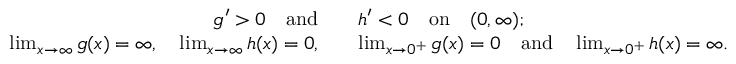
\begin{array} { r l } { g ^ { \prime } > 0 \quad \mathrm { a n d } } & { \quad h ^ { \prime } < 0 \quad \mathrm { o n } \quad ( 0 , \infty ) ; } \\ { \operatorname* { l i m } _ { x \to \infty } g ( x ) = \infty , \quad \operatorname* { l i m } _ { x \to \infty } h ( x ) = 0 , } & { \quad \operatorname* { l i m } _ { x \to 0 ^ { + } } g ( x ) = 0 \quad \mathrm { a n d } \quad \operatorname* { l i m } _ { x \to 0 ^ { + } } h ( x ) = \infty . } \end{array}